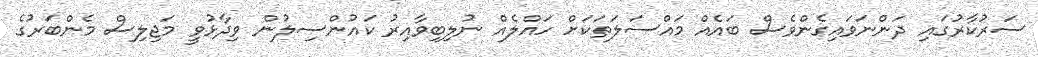
ސަރުކާރުގައި ދަންނަވައިގެންވެސް ބައެއް މައްސަލަތަކަށް ހައްލެއް ނުލިބިވާއިރު ކައުންސިލުން ވިދާޅުވީ މަޖިލިސް މެންބަރުގެ